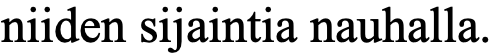
niiden sijaintia nauhalla.